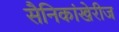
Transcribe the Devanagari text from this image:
सैनिकांखेरीज